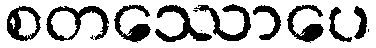
စတဿောပေ